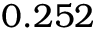
0 . 2 5 2